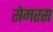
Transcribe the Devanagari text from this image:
सेमरस